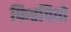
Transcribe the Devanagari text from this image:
फिरवितो